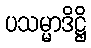
ပသမ္မာဒိဋ္ဌိ